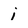
Character: i